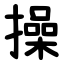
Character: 操